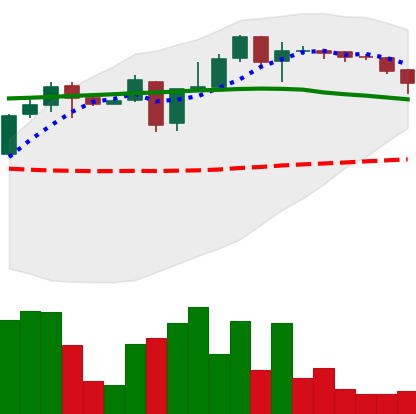
Ticker: XLM-USD
Chart end date: 2018-05-07
Forward return: -9.038%
Label: down_7plus